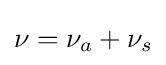
\nu =\nu _{a}+\nu _{s}